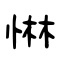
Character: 惏